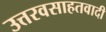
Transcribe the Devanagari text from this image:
उत्तरवसाहतवादी